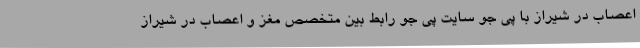
اعصاب در شیراز با پی جو سایت پی جو رابط بین متخصص مغز و اعصاب در شیراز